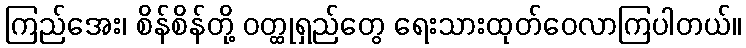
ကြည်အေး၊ စိန်စိန်တို့ ဝတ္ထုရှည်တွေ ရေးသားထုတ်ဝေလာကြပါတယ်။